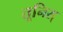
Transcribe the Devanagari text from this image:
तूनिस्